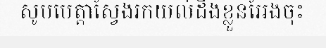
សូមមេត្តាស្វែងរកយល់ដឹងខ្លួនអែងចុះ